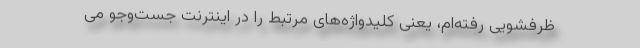
ظرفشویی رفته‌ام، یعنی کلیدواژه‌های مرتبط را در اینترنت جست‌وجو می